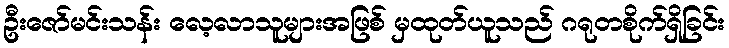
ဦးဇော်မင်းသန်း လေ့လာသူများအဖြစ် မှထုတ်ယူသည် ဂရုတစိုက်ရှိခြင်း